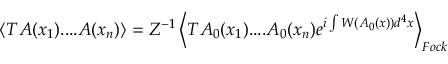
\left\langle T A ( x _ { 1 } ) . . . . A ( x _ { n } ) \right\rangle = Z ^ { - 1 } \left\langle T A _ { 0 } ( x _ { 1 } ) . . . . A _ { 0 } ( x _ { n } ) e ^ { i \int W ( A _ { 0 } ( x ) ) d ^ { 4 } x } \right\rangle _ { F o c k }